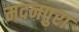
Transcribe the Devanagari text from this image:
मदनपुरा